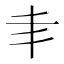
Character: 𠂖